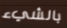
بالشيء